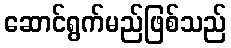
ဆောင်ရွက်မည်ဖြစ်သည်